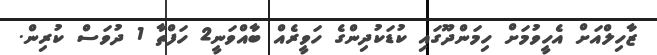
ޒާހިލްއަށް އެހީވުމަށް ހިމަންދޫގައި ކުޑަކުދިންގެ ހަވީރެއް ބާއްވަނީ2 ހަފްތާ 1 ދުވަސް ކުރިން.